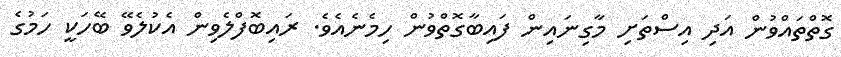
ގޮތްތައްވުން އަދި އިސްތަށި މާގިނައިން ފައިބާގޮތްވުން ހިމެނެއެވެ. ރައިބޮފްލެވިން އެކުލެވޭ ބޭހަކީ ހަމުގެ